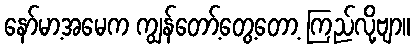
နော်မာ့အမေက ကျွန်တော့်တွေ့တော့ ကြည်လို့ဗျာ။